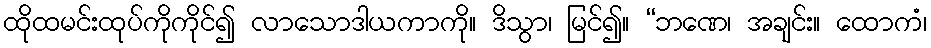
ထိုထမင်းထုပ်ကိုကိုင်၍ လာသောဒါယကာကို။ ဒိသွာ၊ မြင်၍။ “ဘဏေ၊ အချင်း။ ထောကံ၊